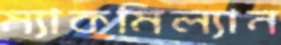
ম্যাকমিল্যান